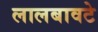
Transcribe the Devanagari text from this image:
लालबावटे